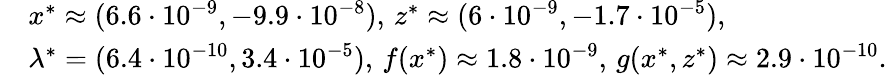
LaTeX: \begin{array}{rl}&{x^{*}\approx(6.6\cdot 10^{-9},-9.9\cdot 10^{-8}),\, z^{*}\approx(6\cdot 10^{-9},-1.7\cdot 10^{-5}),}\\ &{\lambda^{*}=(6.4\cdot 10^{-10},3.4\cdot 10^{-5}),\, f(x^{*})\approx 1.8\cdot 10^{-9},\, g(x^{*},z^{*})\approx 2.9\cdot 10^{-10}.}\end{array}